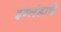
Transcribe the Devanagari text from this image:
इंग्लंडाचे